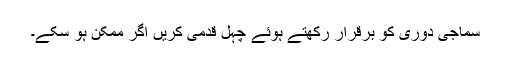
سماجی دوری کو برقرار رکھتے ہوئے چہل قدمی کریں اگر ممکن ہو سکے۔